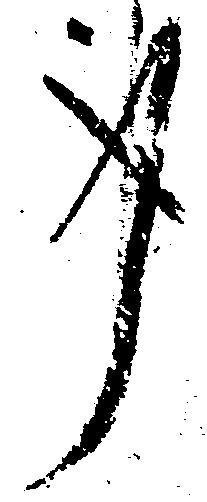
事